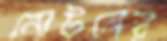
নোটনের